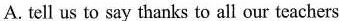
A. tell us to say thanks to all our teachers